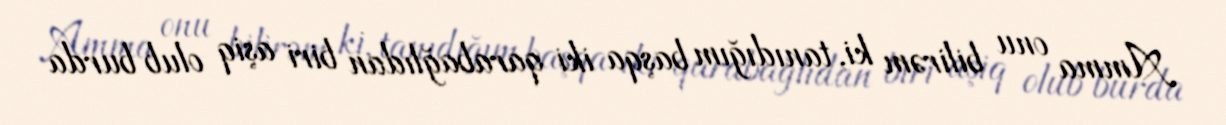
Amma onu bilirəm ki, tanıdığım başqa iki qarabağlıdan biri aşiq olub burda